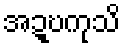
အဍ္ဎကုသိ